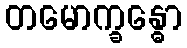
တမောက္ခန္ဓော